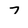
Character: 7